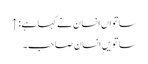
ساتواں انسان نے کہا ہے: ↑
ساتویں انسان صاحب۔